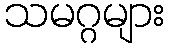
သမဂ္ဂများ